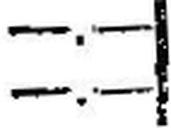
—.—